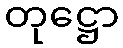
တုဋ္ဌော